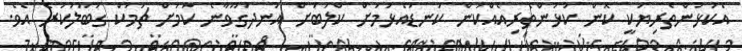
އެކުޅުންތެރިޔަކީ ކޮން ކުޅުންތެރިއެއްކަން ކަނޑައެޅުމަށް ކްލަބަށް އުނދަގޫވާނެ ކަމަށް ޗަމަކް ގަބޫލުކުރެ އެވެ.